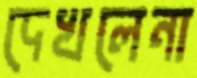
দেখলেনা